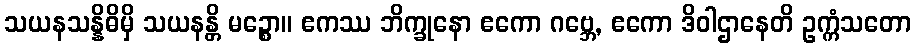
သယနသန္နိဓိမှိ သယနန္တိ မဉ္စော။ ဧကဿ ဘိက္ခုနော ဧကော ဂဗ္ဘေ, ဧကော ဒိဝါဌာနေတိ ဥက္ကံသတော